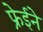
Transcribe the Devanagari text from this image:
फ्रेईने